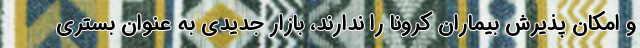
و امکان پذیرش بیماران کرونا را ندارند، بازار جدیدی به عنوان بستری